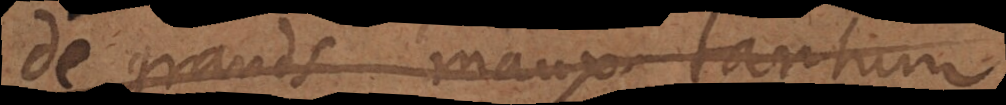
des grands maux; tantum